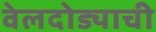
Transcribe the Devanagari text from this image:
वेलदोड्याची